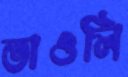
ভাওলি